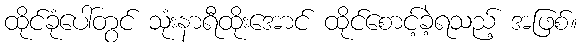
ထိုင်ခုံပေါ်တွင် သုံးနာရီထိုးအောင် ထိုင်စောင့်ခဲ့ရသည့် အဖြစ်။